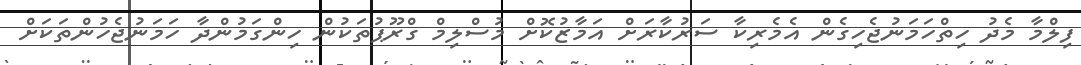
ފިލްމާ މެދު ހިތްހަމަނުޖެހިގެން އެމެރިކާ ސަރުކާރަށް އަމާޒުކޮށް މުސްލިމް ގްރޫޕުތަކުން ހިންގަމުންދާ ހަމަނުޖެހުންތަކަށް